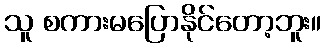
သူ စကားမပြောနိုင်တော့ဘူး။